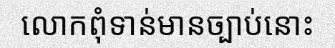
លោកពុំទាន់មានច្បាប់នោះ